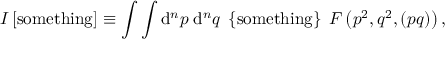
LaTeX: I \left[ \mathrm { s o m e t h i n g } \right] \equiv \int \int \mathrm { d } ^ { n } p \; \mathrm { d } ^ { n } q \; \left\{ \mathrm { s o m e t h i n g } \right\} \; F \left( p ^ { 2 } , q ^ { 2 } , ( p q ) \right) ,